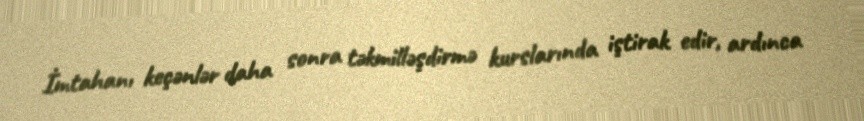
İmtahanı keçənlər daha sonra təkmilləşdirmə kurslarında iştirak edir, ardınca